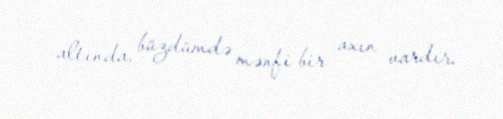
altında, büzdümdə mənfi bir axın vardır.